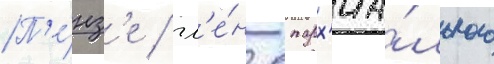
П'е́нз'е / чл'е́н епарх'иа́льного